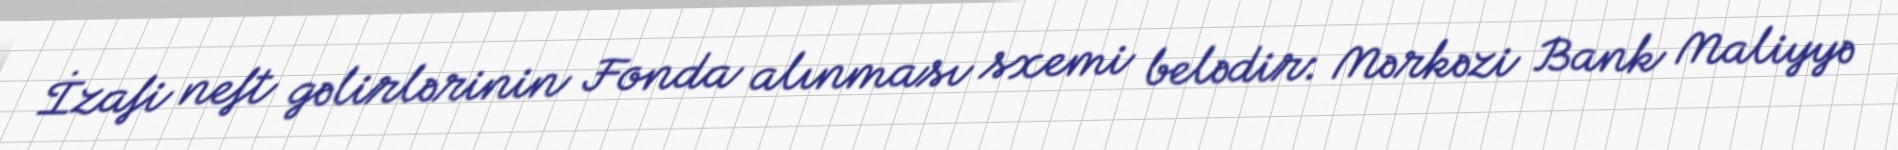
İzafi neft gəlirlərinin Fonda alınması sxemi belədir: Mərkəzi Bank Maliyyə